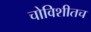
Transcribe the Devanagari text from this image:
चोविशीतच